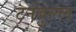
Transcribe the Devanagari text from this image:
टर्नबुल्ल